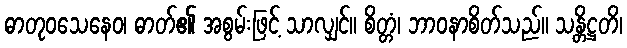
ဓာတုဝသေနေဝ၊ ဓာတ်၏ အစွမ်းဖြင့် သာလျှင်။ စိတ္တံ၊ ဘာဝနာစိတ်သည်။ သန္တိဋ္ဌတိ၊